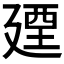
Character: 𢌩